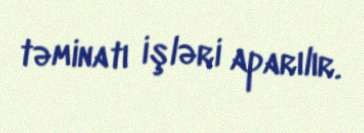
təminatı işləri aparılır.